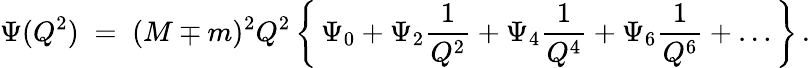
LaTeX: \Psi(Q^{2})\; =\; (M\mp m)^{2}Q^{2}\, \biggl\{ \, \Psi_{0}+\Psi_{2}\frac{1}{Q^{2}}+\Psi_{4}\frac{1}{Q^{4}}+\Psi_{6}\frac{1}{Q^{6}}+\ldots\, \biggr\} \, .